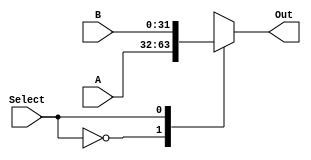
module Mux_2to1 (A, B , Select, Out);
	input [31:0] A;              
   input [31:0] B;
	input  Select;
	output reg [31:0] Out;
	
parameter In_0 = 1'b0;
parameter In_1 = 1'b1;
always @(*)
begin
	case(Select)
	In_0:
			Out = A;
	In_1: 
			Out = B;
			
	endcase
end
endmodule